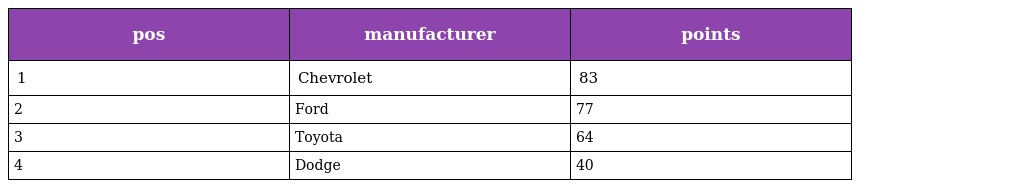
| pos | manufacturer | points |
 | --- | --- | --- |
 | 1 | Chevrolet | 83 |
 | 2 | Ford | 77 |
 | 3 | Toyota | 64 |
 | 4 | Dodge | 40 |